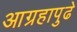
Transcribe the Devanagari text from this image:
आग्रहापुढे